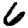
Digit: 6